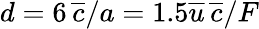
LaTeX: d=6\, \overline{{c}}/a=1.5\overline{{u}}\, \overline{{c}}/F